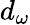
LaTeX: d_{\omega}